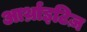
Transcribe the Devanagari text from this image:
आर्थ्राइटिज़